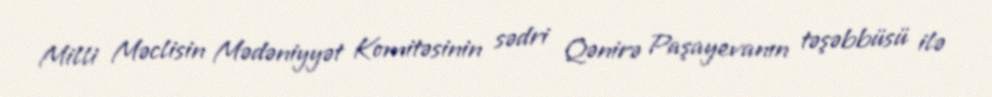
Milli Məclisin Mədəniyyət Komitəsinin sədri Qənirə Paşayevanın təşəbbüsü ilə